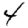
Digit: 4